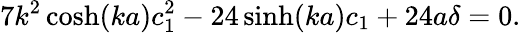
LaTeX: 7k^{2}\cosh(ka)c_{1}^{2}-24\sinh(ka)c_{1}+24a\delta=0.